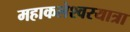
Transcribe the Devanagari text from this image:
महाकलेश्वरयात्रा